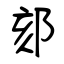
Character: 郂